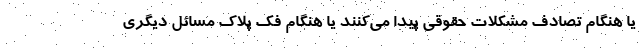
یا هنگام تصادف مشکلات حقوقی پیدا می‌کنند یا هنگام فک پلاک مسائل دیگری